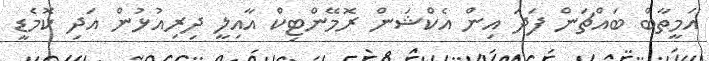
އަމީތާބް ބައްޗަން ފަދަ އިން އެކްޝަން ރޮމޭންޓިކް އާއިލީ ދިރިއުޅުން އަދި ކޮމެޑީ